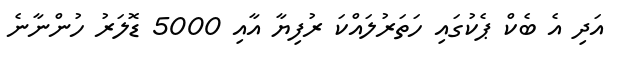
އަދި އެ ބެކް ޕެކުގައި ހަތަރުލައްކަ ރުފިޔާ އާއި 5000 ޑޮލަރު ހުންނާނެ